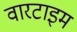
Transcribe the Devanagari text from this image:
वारटाइम